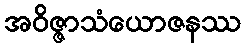
အဝိဇ္ဇာသံယောဇနဿ